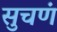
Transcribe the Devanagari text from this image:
सुचणं